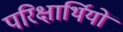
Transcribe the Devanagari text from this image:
परिक्षार्थियों